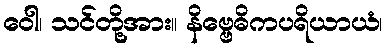
ဝေါ၊ သင်တို့အား။ နိဗ္ဗေဓိကပရိယာယံ၊